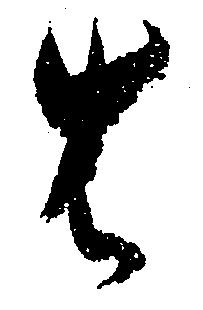
は